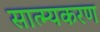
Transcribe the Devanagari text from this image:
सात्म्यकरण